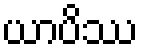
ယာပိဿ